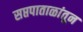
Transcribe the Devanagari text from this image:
सप्तपाताळांतून